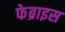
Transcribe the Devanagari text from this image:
फेब्राइस